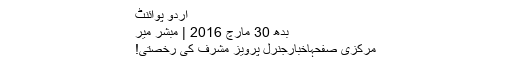
اُردو پوائنٹ
بدھ 30 مارچ 2016 | مبشر میر
مرکزی صفحہاخبارجنرل پرویز مشرف کی رخصتی!